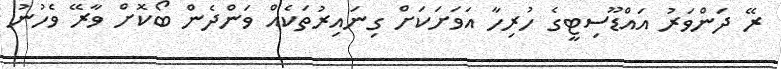
ރޭ ދަންވަރު އައްޑޫސިޓީގެ ހުރިހާ އަވަށަކަށް ގިނައިރުތަކެއް ވަންދެން ބޯކޮށް ވާރޭ ވެހުނު